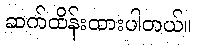
ဆက်ထိန်းထားပါတယ်။